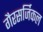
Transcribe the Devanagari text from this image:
गैरसर्जिकल